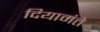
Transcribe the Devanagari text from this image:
दियामंते